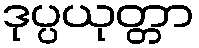
ဒုပ္ပယုတ္တာ